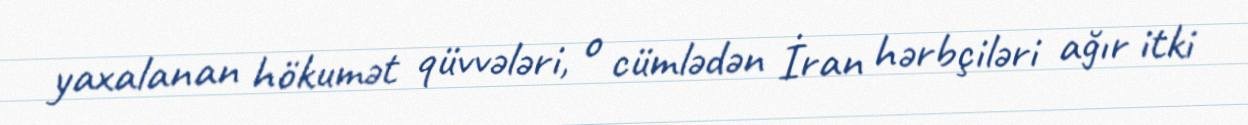
yaxalanan hökumət qüvvələri, o cümlədən İran hərbçiləri ağır itki